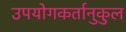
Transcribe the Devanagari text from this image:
उपयोगकर्तानुकुल